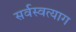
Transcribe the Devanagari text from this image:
सर्वस्वत्याग